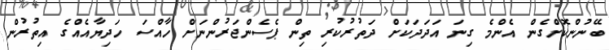
ބޭނުންކޮށްގެން އެންމެ ގިނަ އަދަދަކަށް ދަތުރުކުރި ތިން ޕެސެންޖަރުންނަށް ހާއްސަ ހަދިޔާއެއްގެ އިތުރުން